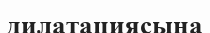
дилатациясына